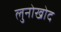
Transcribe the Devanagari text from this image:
लुनोखोद